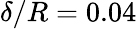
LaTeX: \delta/R=0.04